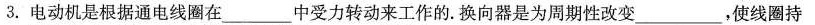
3.电动机是根据通电线圈在___中受力转动来工作的。换向器是为周期性改变___，使线圈持